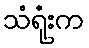
သံရုံးက